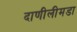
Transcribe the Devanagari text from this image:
दाणीलीमडा